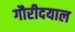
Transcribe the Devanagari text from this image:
गौरीदयाल